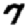
Digit: 7